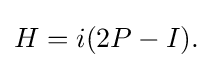
\displaystyle {H=i(2P-I).}